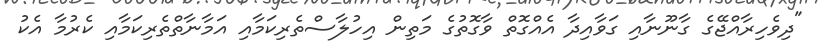
"ދިވެހިރާއްޖޭގެ ގާނޫނާއި ގަވާއިދާ އެއްގޮތް ވާގޮތުގެ މަތިން އިހުލާސްތެރިކަމާއި އަމާނާތްތެރިކަމާއި ކެރުމާ އެކު